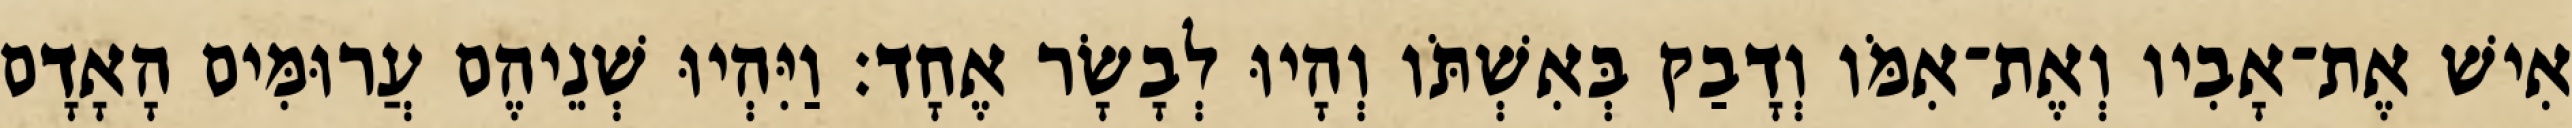
אִישׁ אֶת־אָבִיו וְאֶת־אִמֹּו וְדָבַק בְּאִשְׁתֹּו וְהָיוּ לְבָשָׂר אֶחָד׃ וַיִּהְיוּ שְׁנֵיהֶם עֲרוּמִּים הָאָדָם